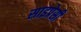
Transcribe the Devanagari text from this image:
साइप्रेसी